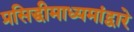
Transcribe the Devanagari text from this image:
प्रसिद्धीमाध्यमांद्वारे